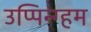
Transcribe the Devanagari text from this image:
उप्पिन्ग्हम